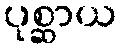
ပုစ္ဆာယ